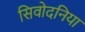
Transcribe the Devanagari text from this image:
सिवोदनिया